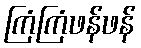
ကြံကြံဖန်ဖန်